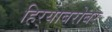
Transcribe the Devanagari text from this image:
हिर्‍याबरोबर